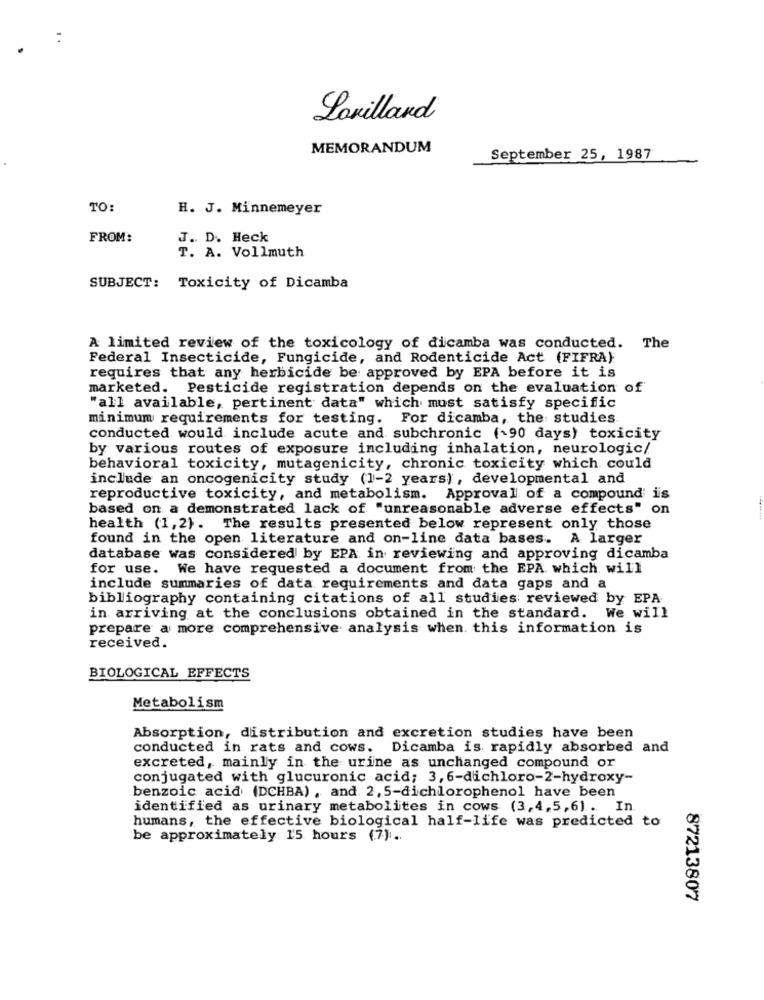
Lovillard
MEMORANDUM
September 25, 1987
TO:
H. J. Minnemeyer
FROM:
J. D. Heck
T. A. Vollmuth
SUBJECT: Toxicity of Dicamba
A limited review of the toxicology of dicamba was conducted. The
Federal Insecticide, Fungicide, and Rodenticide Act (FIFRA)
requires that any herbicide be approved by EPA before it is
marketed. Pesticide registration depends on the evaluation of
"all available, pertinent data" which must satisfy specific
minimum requirements for testing. For dicamba, the studies
conducted would include acute and subchronic (~90 days) toxicity
by various routes of exposure including inhalation, neurologic/
behavioral toxicity, mutagenicity, chronic toxicity which could
include an oncogenicity study (1-2 years), developmental and
reproductive toxicity, and metabolism. Approval of a compound is
based on a demonstrated lack of "unreasonable adverse effects" on
health (1,2}. The results presented below represent only those
found in the open literature and on-line data bases. A larger
database was considered by EPA in reviewing and approving dicamba
for use. We have requested a document from the EPA which will
include summaries of data requirements and data gaps and a
bibliography containing citations of all studies reviewed by EPA
in arriving at the conclusions obtained in the standard. We will
prepare a more comprehensive analysis when this information is
received.
BIOLOGICAL EFFECTS
Metabolism
Absorption, distribution and excretion studies have been
conducted in rats and cows. Dicamba is rapidly absorbed and
excreted, mainly in the urine as unchanged compound or
conjugated with glucuronic acid; 3, 6-dichloro-2-hydroxy-
benzoic acid (DCHBA) , and 2, 5-dichlorophenol have been
identified as urinary metabolites in cows (3,4,5,6) . In
humans, the effective biological half-life was predicted to
be approximately 15 hours (7).
87213807